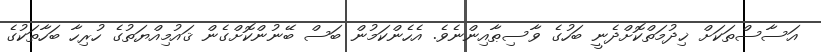
އަސާސްތަކަށް ޚިދުމަތްކޮށްދެނީ ބަހުގެ ވާސިޠާއިންނެވެ. އެހެންކަމުން ބަސް ބޭނުންކޮށްގެން ޤައުމިއްޔަތުގެ ހުރިހާ ބަހާތަކުގެ